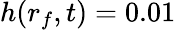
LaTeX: h(r_{f},t)=0.01